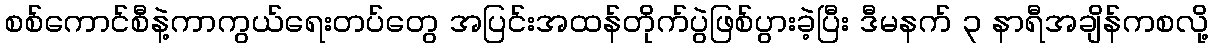
စစ်ကောင်စီနဲ့ကာကွယ်ရေးတပ်တွေ အပြင်းအထန်တိုက်ပွဲဖြစ်ပွားခဲ့ပြီး ဒီမနက် ၃ နာရီအချိန်ကစလို့